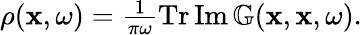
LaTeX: \begin{array}{r}{\rho(\mathbf{x},\omega)=\frac{1}{\pi\omega}\operatorname{Tr}\operatorname{Im}\mathbb{G}(\mathbf{x},\mathbf{x},\omega).}\end{array}